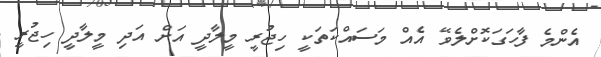
އެންމެ ފާހަގަކޮށްލެވޭ އެއް މަސައްކަތަކީ ހިޖުރީ މީލާދީ އަށް އަދި މީލާދީ ހިޖުރީ